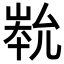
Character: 𡹿